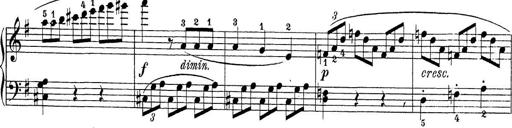
Title: Sonatina Album
Composer: Louis KÃ¶hler